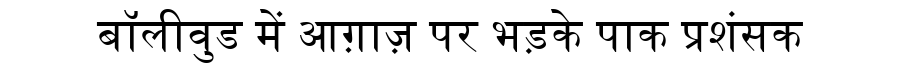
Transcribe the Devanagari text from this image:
बॉलीवुड में आग़ाज़ पर भड़के पाक प्रशंसक